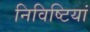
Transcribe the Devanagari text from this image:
निविष्टियां